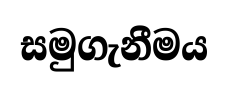
සමුගැනීමය